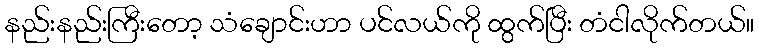
နည်းနည်းကြီးတော့ သံချောင်းဟာ ပင်လယ်ကို ထွက်ပြီး တံငါလိုက်တယ်။